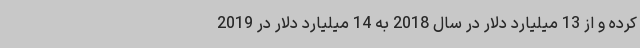
کرده و از 13 میلیارد دلار در سال 2018 به 14 میلیارد دلار در 2019